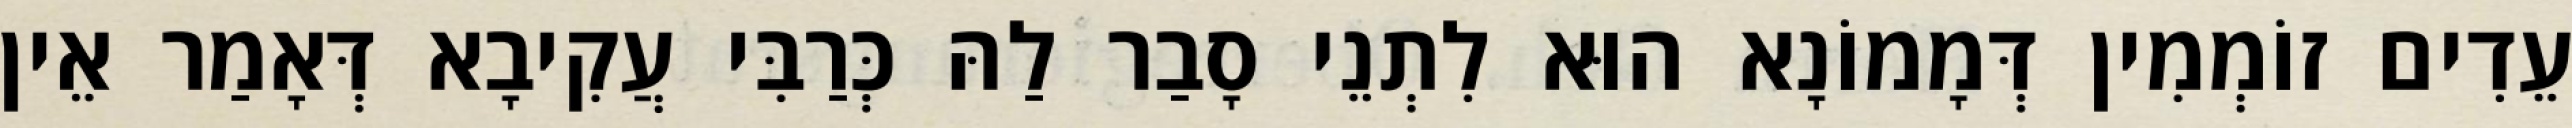
עֵדִים זוֹמְמִין דְּמָמוֹנָא הוּא לִתְנֵי סָבַר לַהּ כְּרַבִּי עֲקִיבָא דְּאָמַר אֵין